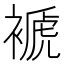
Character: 褫